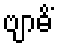
ဗျာဓိံ